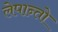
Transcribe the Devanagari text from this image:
लेपान्तो